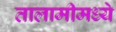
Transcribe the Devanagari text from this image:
तालामीमध्ये